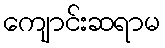
ကျောင်းဆရာမ